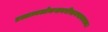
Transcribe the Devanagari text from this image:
प्रत्तात्मलोकशबरीखगपावनस्य।